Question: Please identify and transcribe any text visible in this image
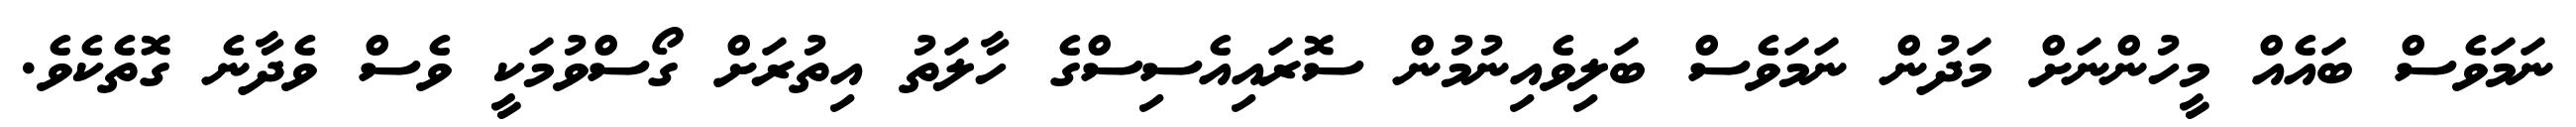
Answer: ނަމަވެސް ބައެއް މީހުންނަށް މަދުން ނަމަވެސް ބަލިވެއިނުމުން ސޮރައިއެސިސްގެ ހާލަތު އިތުރަށް ގޯސްވުމަކީ ވެސް ވެދާނެ ގޮތެކެވެ.